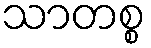
သာတစ္စ